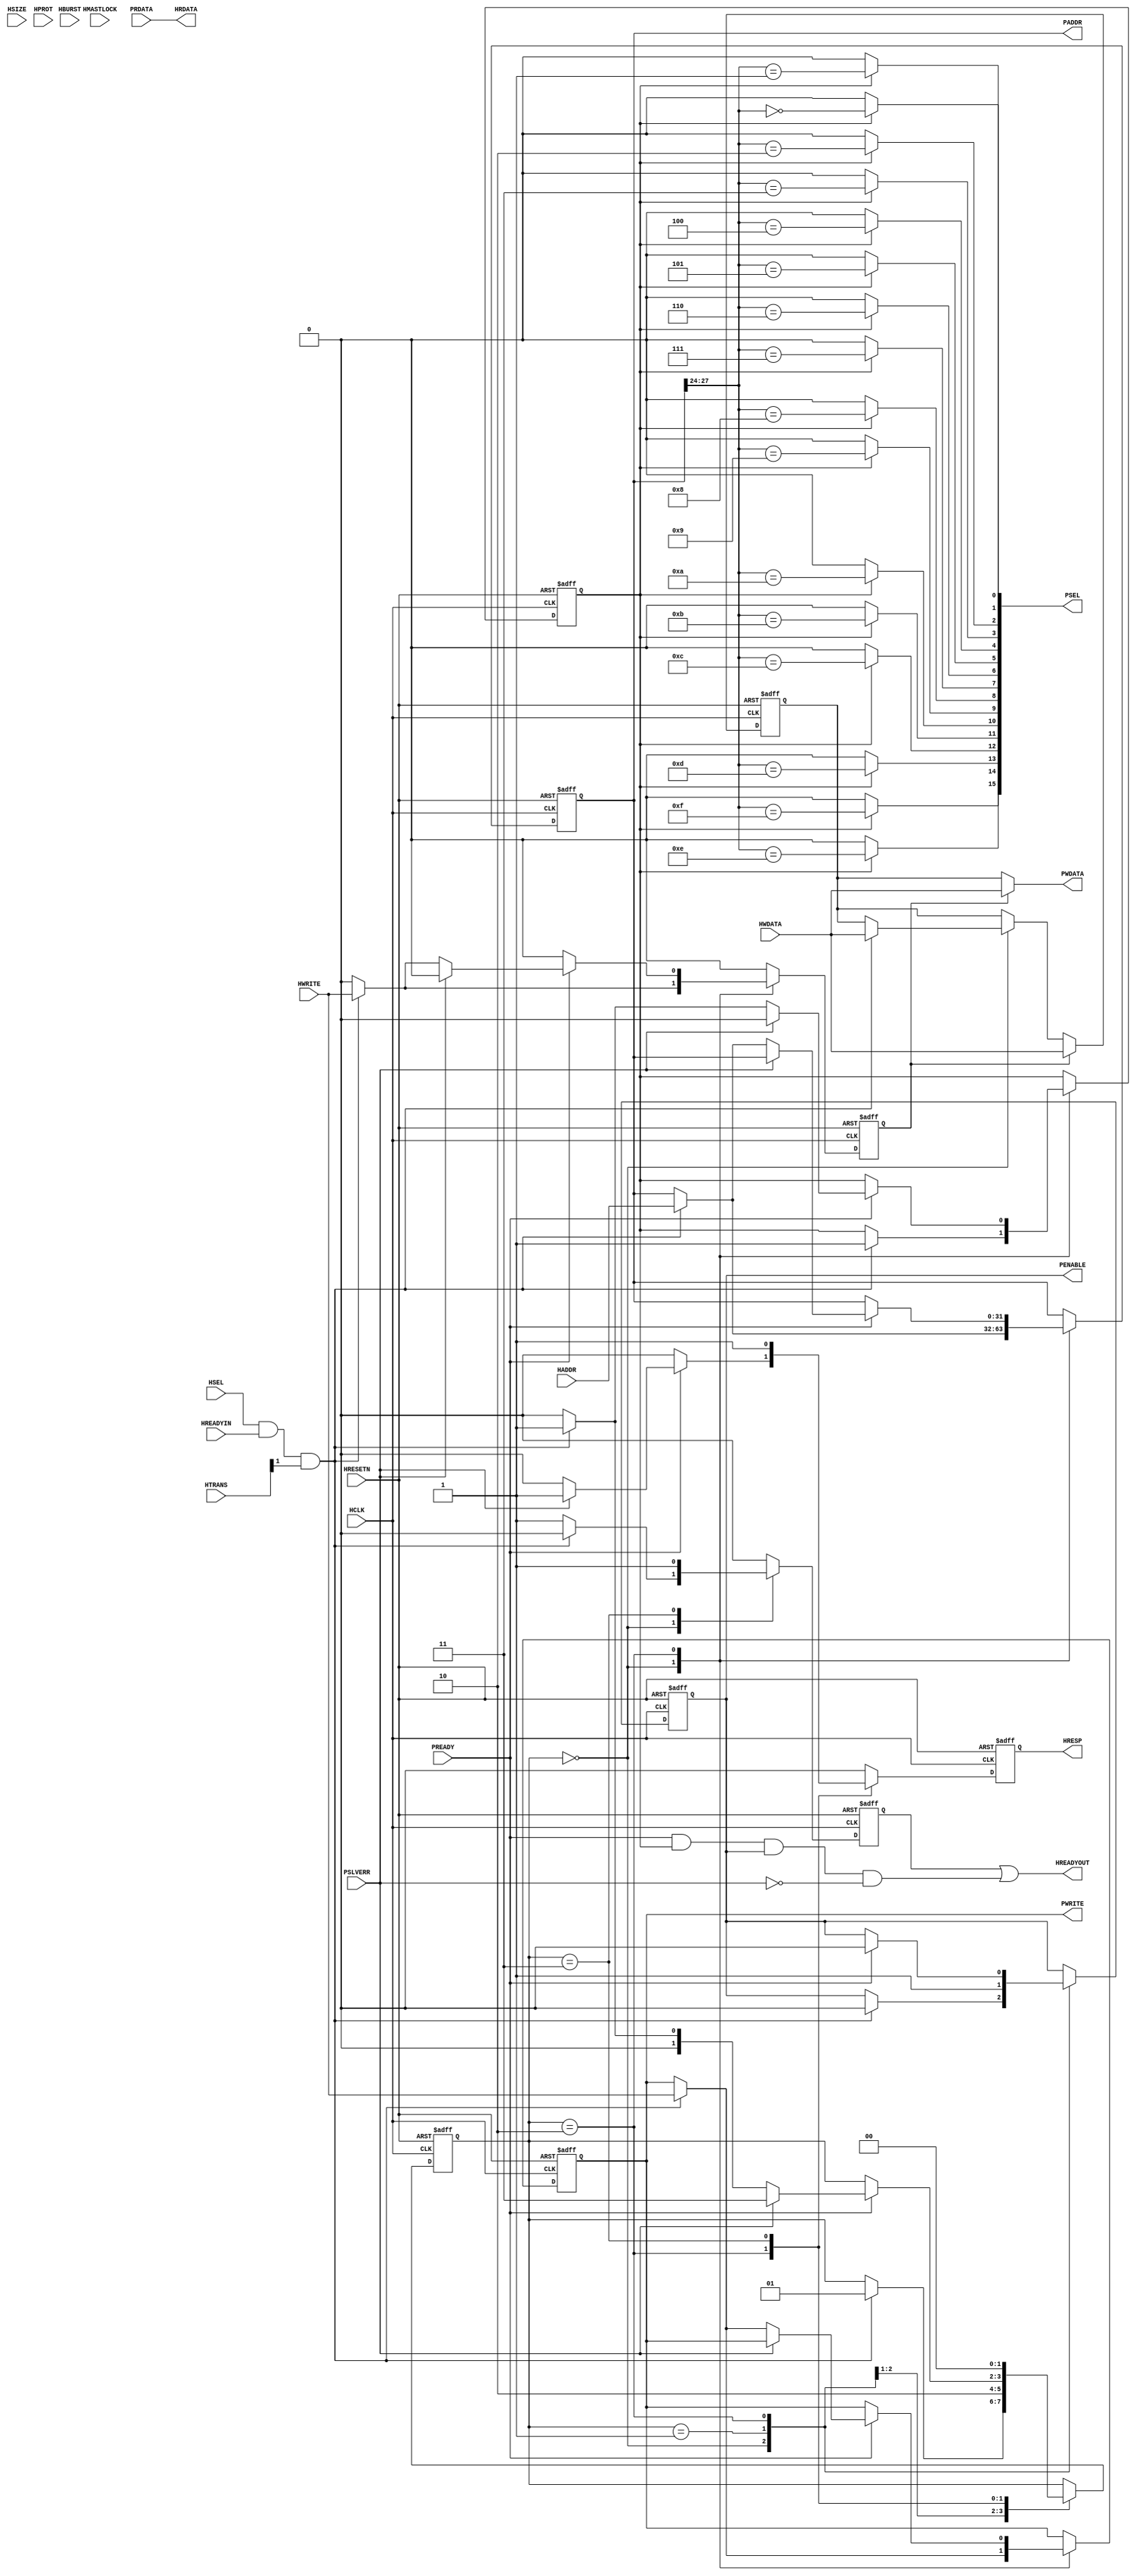
module
CoreUARTapb_C0_CoreUARTapb_C0_0_BFMA1l1OII
(
HCLK
,
HRESETN
,
HSEL
,
HWRITE
,
HADDR
,
HWDATA
,
HRDATA
,
HREADYIN
,
HREADYOUT
,
HTRANS
,
HSIZE
,
HBURST
,
HMASTLOCK
,
HPROT
,
HRESP
,
PSEL
,
PADDR
,
PWRITE
,
PENABLE
,
PWDATA
,
PRDATA
,
PREADY
,
PSLVERR
)
;
parameter
TPD
=
1
;
input
HCLK
;
input
HRESETN
;
input
HSEL
;
input
HWRITE
;
input
[
31
:
0
]
HADDR
;
input
[
31
:
0
]
HWDATA
;
output
[
31
:
0
]
HRDATA
;
wire
[
31
:
0
]
HRDATA
;
input
HREADYIN
;
output
HREADYOUT
;
wire
HREADYOUT
;
input
[
1
:
0
]
HTRANS
;
input
[
2
:
0
]
HSIZE
;
input
[
2
:
0
]
HBURST
;
input
HMASTLOCK
;
input
[
3
:
0
]
HPROT
;
output
HRESP
;
wire
HRESP
;
output
[
15
:
0
]
PSEL
;
wire
[
15
:
0
]
PSEL
;
output
[
31
:
0
]
PADDR
;
wire
[
31
:
0
]
PADDR
;
output
PWRITE
;
wire
PWRITE
;
output
PENABLE
;
wire
PENABLE
;
output
[
31
:
0
]
PWDATA
;
wire
[
31
:
0
]
PWDATA
;
input
[
31
:
0
]
PRDATA
;
input
PREADY
;
input
PSLVERR
;
parameter
[
1
:
0
]
BFMA1OOIII
=
0
;
parameter
[
1
:
0
]
BFMA1IOIII
=
1
;
parameter
[
1
:
0
]
BFMA1lOIII
=
2
;
parameter
[
1
:
0
]
BFMA1OIIII
=
3
;
reg
[
1
:
0
]
BFMA1IIIII
;
reg
BFMA1lIIII
;
reg
BFMA1OlIII
;
reg
[
15
:
0
]
BFMA1IlIII
;
reg
[
31
:
0
]
BFMA1llIII
;
reg
BFMA1O0III
;
reg
BFMA1I0III
;
reg
[
31
:
0
]
BFMA1l0III
;
wire
[
31
:
0
]
BFMA1O1III
;
reg
BFMA1I1III
;
reg
BFMA1l1III
;
always
@
(
posedge
HCLK
or
negedge
HRESETN
)
begin
if
(
HRESETN
==
1
'b
0
)
begin
BFMA1IIIII
<=
BFMA1OOIII
;
BFMA1lIIII
<=
1
'b
1
;
BFMA1llIII
<=
{
32
{
1
'b
0
}
}
;
BFMA1l0III
<=
{
32
{
1
'b
0
}
}
;
BFMA1O0III
<=
1
'b
0
;
BFMA1I0III
<=
1
'b
0
;
BFMA1OlIII
<=
1
'b
0
;
BFMA1I1III
<=
1
'b
0
;
BFMA1l1III
<=
1
'b
0
;
end
else
begin
BFMA1OlIII
<=
1
'b
0
;
BFMA1lIIII
<=
1
'b
0
;
BFMA1I1III
<=
1
'b
0
;
case
(
BFMA1IIIII
)
BFMA1OOIII
:
begin
if
(
HSEL
==
1
'b
1
&
HREADYIN
==
1
'b
1
&
(
HTRANS
[
1
]
)
==
1
'b
1
)
begin
BFMA1IIIII
<=
BFMA1IOIII
;
BFMA1llIII
<=
HADDR
;
BFMA1O0III
<=
HWRITE
;
BFMA1l0III
<=
HWDATA
;
BFMA1I0III
<=
1
'b
0
;
BFMA1I1III
<=
HWRITE
;
BFMA1l1III
<=
1
'b
1
;
end
else
begin
BFMA1lIIII
<=
1
'b
1
;
end
end
BFMA1IOIII
:
begin
BFMA1I0III
<=
1
'b
1
;
BFMA1IIIII
<=
BFMA1lOIII
;
end
BFMA1lOIII
:
begin
if
(
PREADY
==
1
'b
1
)
begin
BFMA1I0III
<=
1
'b
0
;
BFMA1l1III
<=
1
'b
0
;
if
(
PSLVERR
==
1
'b
0
)
begin
BFMA1IIIII
<=
BFMA1OOIII
;
if
(
HSEL
==
1
'b
1
&
HREADYIN
==
1
'b
1
&
(
HTRANS
[
1
]
)
==
1
'b
1
)
begin
BFMA1IIIII
<=
BFMA1IOIII
;
BFMA1llIII
<=
HADDR
;
BFMA1O0III
<=
HWRITE
;
BFMA1I1III
<=
HWRITE
;
BFMA1l1III
<=
1
'b
1
;
end
end
else
begin
BFMA1OlIII
<=
1
'b
1
;
BFMA1IIIII
<=
BFMA1OIIII
;
end
end
end
BFMA1OIIII
:
begin
BFMA1OlIII
<=
1
'b
1
;
BFMA1lIIII
<=
1
'b
1
;
BFMA1IIIII
<=
BFMA1OOIII
;
end
endcase
if
(
BFMA1I1III
==
1
'b
1
)
begin
BFMA1l0III
<=
HWDATA
;
end
end
end
always
@
(
BFMA1llIII
or
BFMA1l1III
)
begin
BFMA1IlIII
<=
{
16
{
1
'b
0
}
}
;
if
(
BFMA1l1III
==
1
'b
1
)
begin
begin
:
BFMA1IO10
integer
BFMA1I0I0
;
for
(
BFMA1I0I0
=
0
;
BFMA1I0I0
<=
15
;
BFMA1I0I0
=
BFMA1I0I0
+
1
)
begin
BFMA1IlIII
[
BFMA1I0I0
]
<=
(
BFMA1llIII
[
27
:
24
]
==
BFMA1I0I0
)
;
end
end
end
end
assign
BFMA1O1III
=
(
BFMA1I1III
==
1
'b
1
)
?
HWDATA
:
BFMA1l0III
;
assign
#
TPD
HRDATA
=
PRDATA
;
assign
#
TPD
HREADYOUT
=
BFMA1lIIII
|
(
PREADY
&
BFMA1l1III
&
BFMA1I0III
&
~
PSLVERR
)
;
assign
#
TPD
HRESP
=
BFMA1OlIII
;
assign
#
TPD
PSEL
=
BFMA1IlIII
;
assign
#
TPD
PADDR
=
BFMA1llIII
;
assign
#
TPD
PWRITE
=
BFMA1O0III
;
assign
#
TPD
PENABLE
=
BFMA1I0III
;
assign
#
TPD
PWDATA
=
BFMA1O1III
;
endmodule